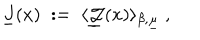
\underline { { { J } } } ( x ) \; : = \; \langle \underline { { { { \mathcal J } } } } ( x ) \rangle _ { \beta , \underline { { { \mu } } } } ~ ,